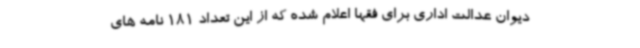
دیوان عدالت اداری برای فقها اعلام شده که از این تعداد 181 نامه های